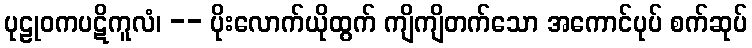
ပုဠုဝကပဋိကူလံ၊ -- ပိုးလောက်ယိုထွက် ကျိကျိတက်သော အကောင်ပုပ် စက်ဆုပ်